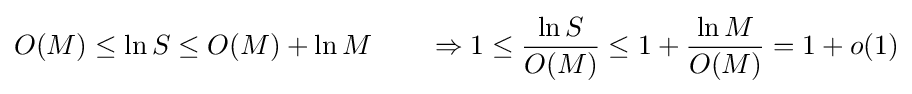
O(M)\leq \ln S\leq O(M)+\ln M\qquad \Rightarrow 1\leq {\frac {\ln S}{O(M)}}\leq 1+{\frac {\ln M}{O(M)}}=1+o(1)